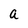
Character: a